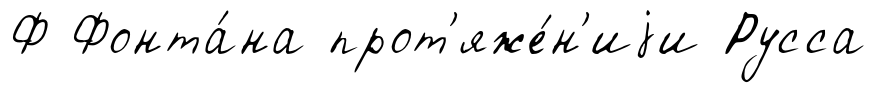
Ф Фонта́на прот'яже́н'иjи Русса